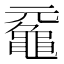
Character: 𪓣